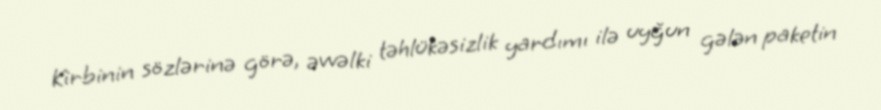
Kirbinin sözlərinə görə, əvvəlki təhlükəsizlik yardımı ilə uyğun gələn paketin